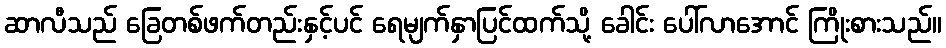
ဆာလီသည် ခြေတစ်ဖက်တည်းနှင့်ပင် ရေမျက်နှာပြင်ထက်သို့ ခေါင်း ပေါ်လာအောင် ကြိုးစားသည်။